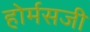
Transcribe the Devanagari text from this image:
होर्मसजी